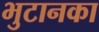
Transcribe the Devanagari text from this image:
भुटानका